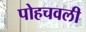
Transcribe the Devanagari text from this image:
पोहचवली